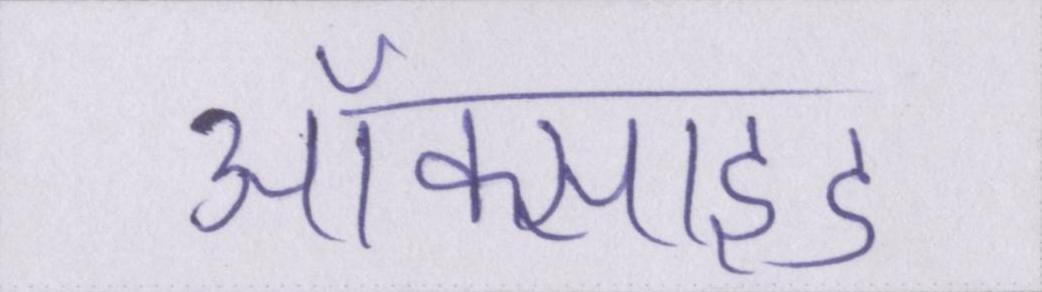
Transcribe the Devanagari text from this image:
ऑक्साइड